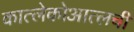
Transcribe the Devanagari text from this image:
कात्लेकोआत्लची